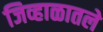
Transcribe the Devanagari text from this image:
जिव्हाळातले